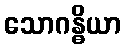
သောဂန္ဓိယာ